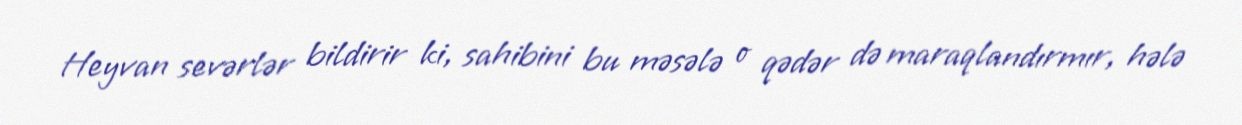
Heyvan sevərlər bildirir ki, sahibini bu məsələ o qədər də maraqlandırmır, hələ